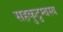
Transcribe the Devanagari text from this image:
सहकुटुम्बस्य